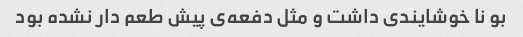
بو نا خوشایندی داشت و مثل دفعه‌ی پیش طعم دار نشده بود